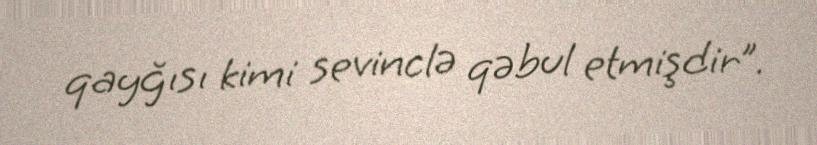
qayğısı kimi sevinclə qəbul etmişdir”.